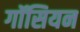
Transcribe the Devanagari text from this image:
गॉसियन